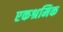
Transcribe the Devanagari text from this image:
एकश्रमिक